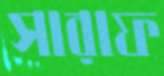
সারাফ